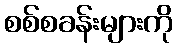
စစ်စခန်းများကို